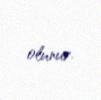
olunur.